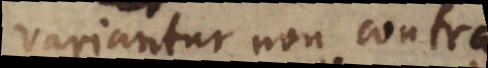
variantur non contra.